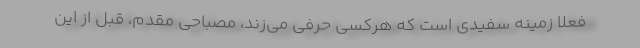
فعلا زمینه سفیدی است که هرکسی حرفی می‌زند، مصباحی مقدم، قبل از این